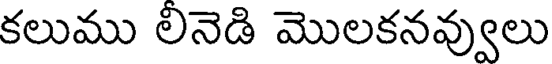
కలుము లినెడి మొలకనవ్వులు